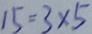
1 5 = 3 \times 5